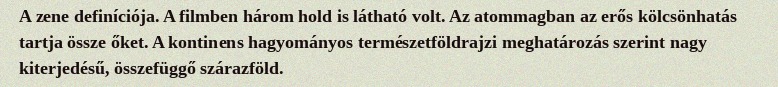
A zene definíciója. A filmben három hold is látható volt. Az atommagban az erős kölcsönhatás tartja össze őket. A kontinens hagyományos természetföldrajzi meghatározás szerint nagy kiterjedésű, összefüggő szárazföld.